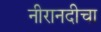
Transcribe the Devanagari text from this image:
नीरानदीचा